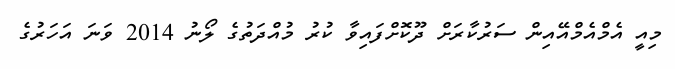
މިއީ އެމްއެމްއޭއިން ސަރުކާރަށް ދޫކޮށްފައިވާ ކުރު މުއްދަތުގެ ލޯނު 2014 ވަނަ އަހަރުގެ